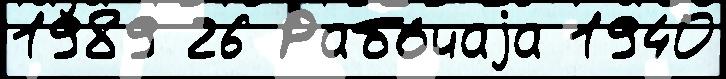
1989 26 Рабо́чаjа 1940